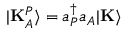
| \mathbf { K } _ { A } ^ { P } \rangle = a _ { P } ^ { \dagger } a _ { A } | \mathbf { K } \rangle